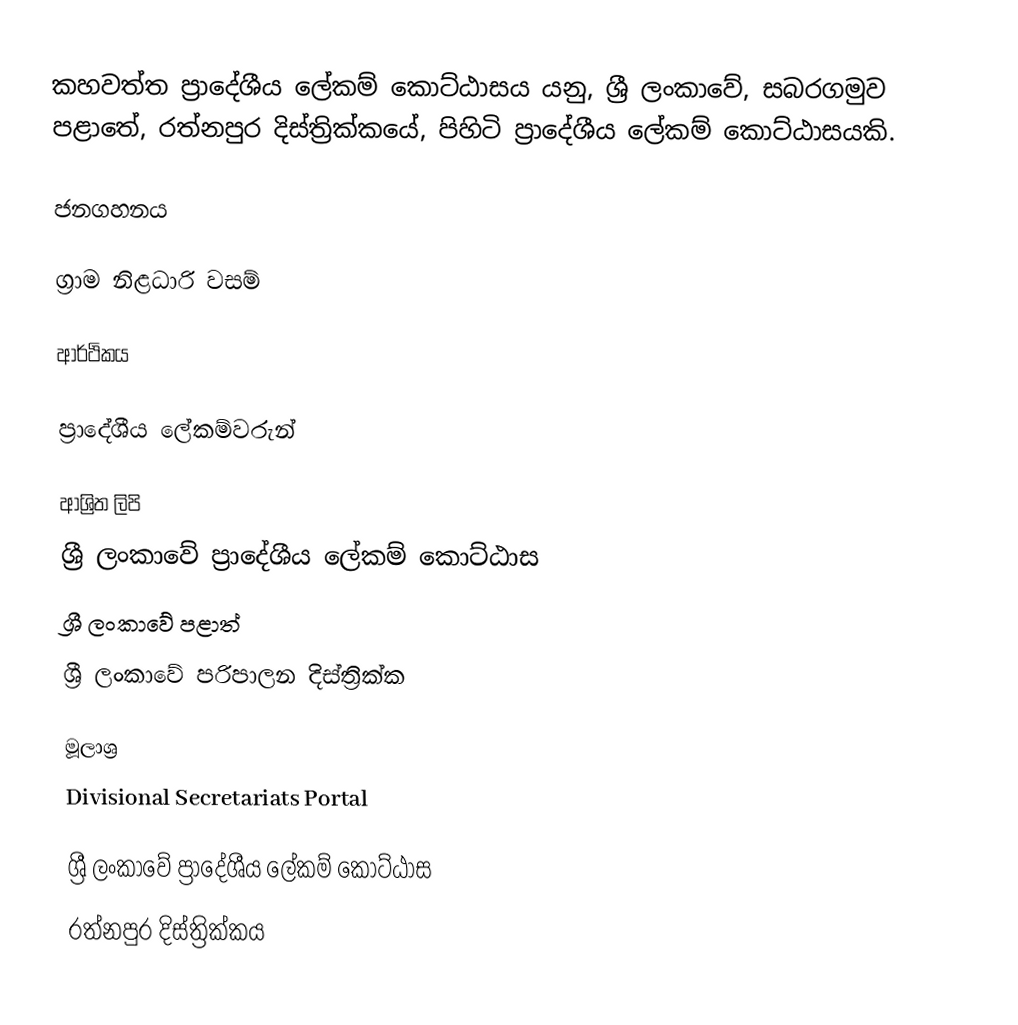
කහවත්ත ප්‍රාදේශීය ලේකම් කොට්ඨාසය යනු,  ශ්‍රී ලංකාවේ, සබරගමුව පළාතේ,   රත්නපුර දිස්ත්‍රික්කයේ, පිහිටි ප්‍රාදේශීය ලේකම් කොට්ඨාසයකි.

ජනගහනය

ග්‍රාම නිළධාරි වසම්

ආර්ථිකය

ප්‍රාදේශීය ලේකම්වරුන්

ආශ්‍රිත ලිපි
ශ්‍රී ලංකාවේ ප්‍රාදේශීය ලේකම් කොට්ඨාස
ශ්‍රී ලංකාවේ පළාත්
ශ්‍රී ලංකාවේ පරිපාලන දිස්ත්‍රික්ක

මූලාශ්‍ර
 Divisional Secretariats Portal

ශ්‍රී ලංකාවේ ප්‍රාදේශීය ලේකම් කොට්ඨාස
රත්නපුර  දිස්ත්‍රික්කය